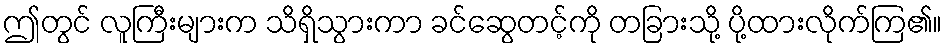
ဤတွင် လူကြီးများက သိရှိသွားကာ ခင်ဆွေတင့်ကို တခြားသို့ ပို့ထားလိုက်ကြ၏။